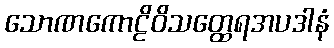
သောဏကောဠိဝိသတ္ထေရအပဒါနံ